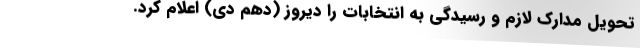
تحویل مدارک لازم و رسیدگی به انتخابات را دیروز (دهم دی) اعلام کرد.